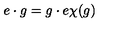
e \cdot g = g \cdot e \chi ( g )